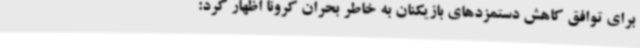
برای توافق کاهش دستمزدهای بازیکنان به خاطر بحران کرونا اظهار کرد: